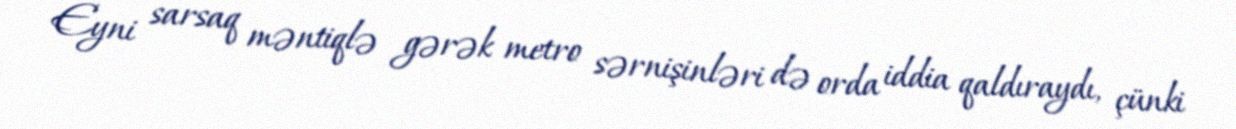
Eyni sarsaq məntiqlə gərək metro sərnişinləri də orda iddia qaldıraydı, çünki